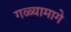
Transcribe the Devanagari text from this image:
गळ्यामागे